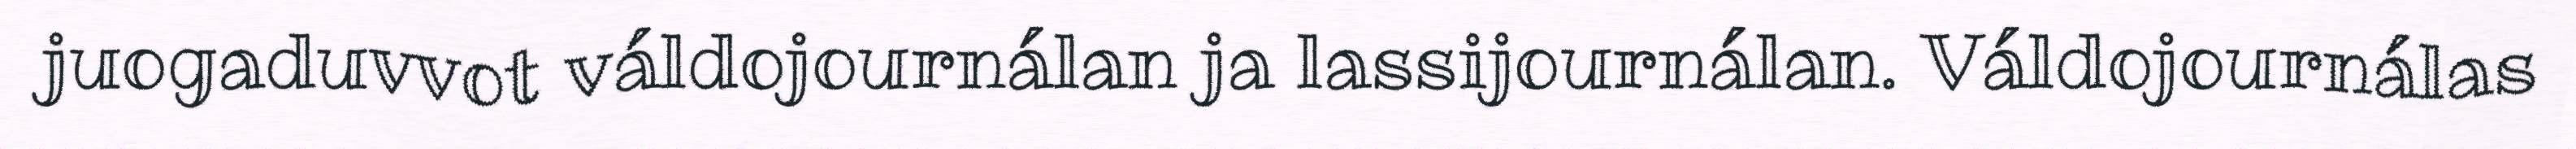
juogaduvvot váldojournálan ja lassijournálan. Váldojournálas